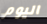
اليوم